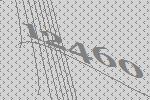
12460